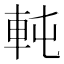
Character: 軘